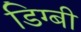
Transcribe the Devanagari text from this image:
डिग्‍बी